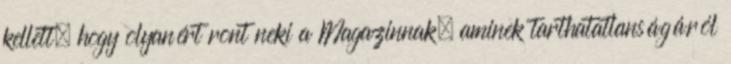
kellett, hogy olyanért ront neki a Magazinnak, aminek tarthatatlanságáról